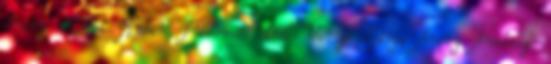
Arany 1,00ct Rubin Fülbevaló 14k Virág Sárga Arany Ametiszt